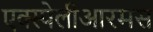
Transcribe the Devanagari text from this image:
एक्स्पेलीआरमस